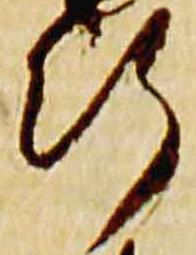
行